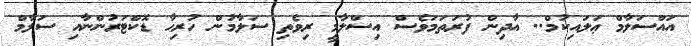
އައްސަލާމް ޢަލައިކުމް.. އާދިން ފުރަތަމަވެސް އިސްލާމީ ރިވެތި ސަލާމުން ހުރިހާ ޑޮކްޓަރުންނާއި ސަލާމް